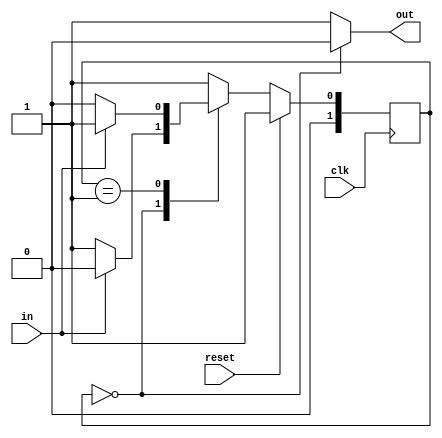
module top_module(clk, reset, in, out);
    input clk;
    input reset;    // Synchronous reset to state B
    input in;
    output out;  
    reg out;

    // State encoding
    reg [1:0] present_state, next_state;

    // State definitions
    parameter A = 2'b00;
    parameter B = 2'b01;

    // Synchronous state transition
    always @(posedge clk) begin
        if (reset) begin  
            present_state <= B;  // Synchronous reset to state B
        end else begin
            present_state <= next_state;  // State flip-flops
        end
    end

    // Next state logic
    always @(*) begin
        case (present_state)
            A: next_state = (in) ? A : B;
            B: next_state = (in) ? B : A;
            default: next_state = B;  // Default to state B
        endcase
    end

    // Output logic
    always @(*) begin
        case (present_state)
            A: out = 0;
            B: out = 1;
            default: out = 1;  // Default to output 1
        endcase
    end

endmodule